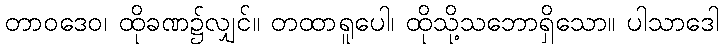
တာဝဒေဝ၊ ထိုခဏ၌လျှင်။ တထာရူပေါ၊ ထိုသို့သဘောရှိသော။ ပါသာဒေါ